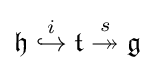
{\mathfrak {h}}\;{\overset {i}{\hookrightarrow }}\;{\mathfrak {t}}\;{\overset {s}{\twoheadrightarrow }}\;{\mathfrak {g}}